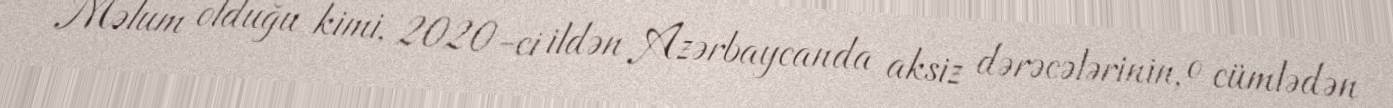
Məlum olduğu kimi, 2020-ci ildən Azərbaycanda aksiz dərəcələrinin, o cümlədən